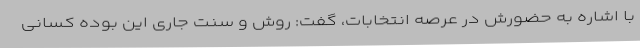
با اشاره به حضورش در عرصه انتخابات، گفت: روش و سنت جاری این بوده کسانی